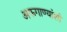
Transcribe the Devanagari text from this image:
अफगाण्यांशी